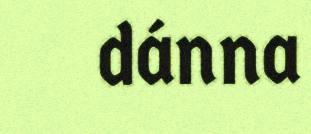
dánna